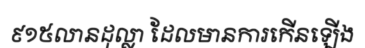
៩១៥លានដុល្លា ដែលមានការកើនឡើង